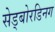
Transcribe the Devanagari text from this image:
सेड्बोरडिनग